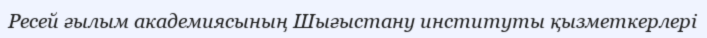
Ресей ғылым академиясының Шығыстану институты қызметкерлері